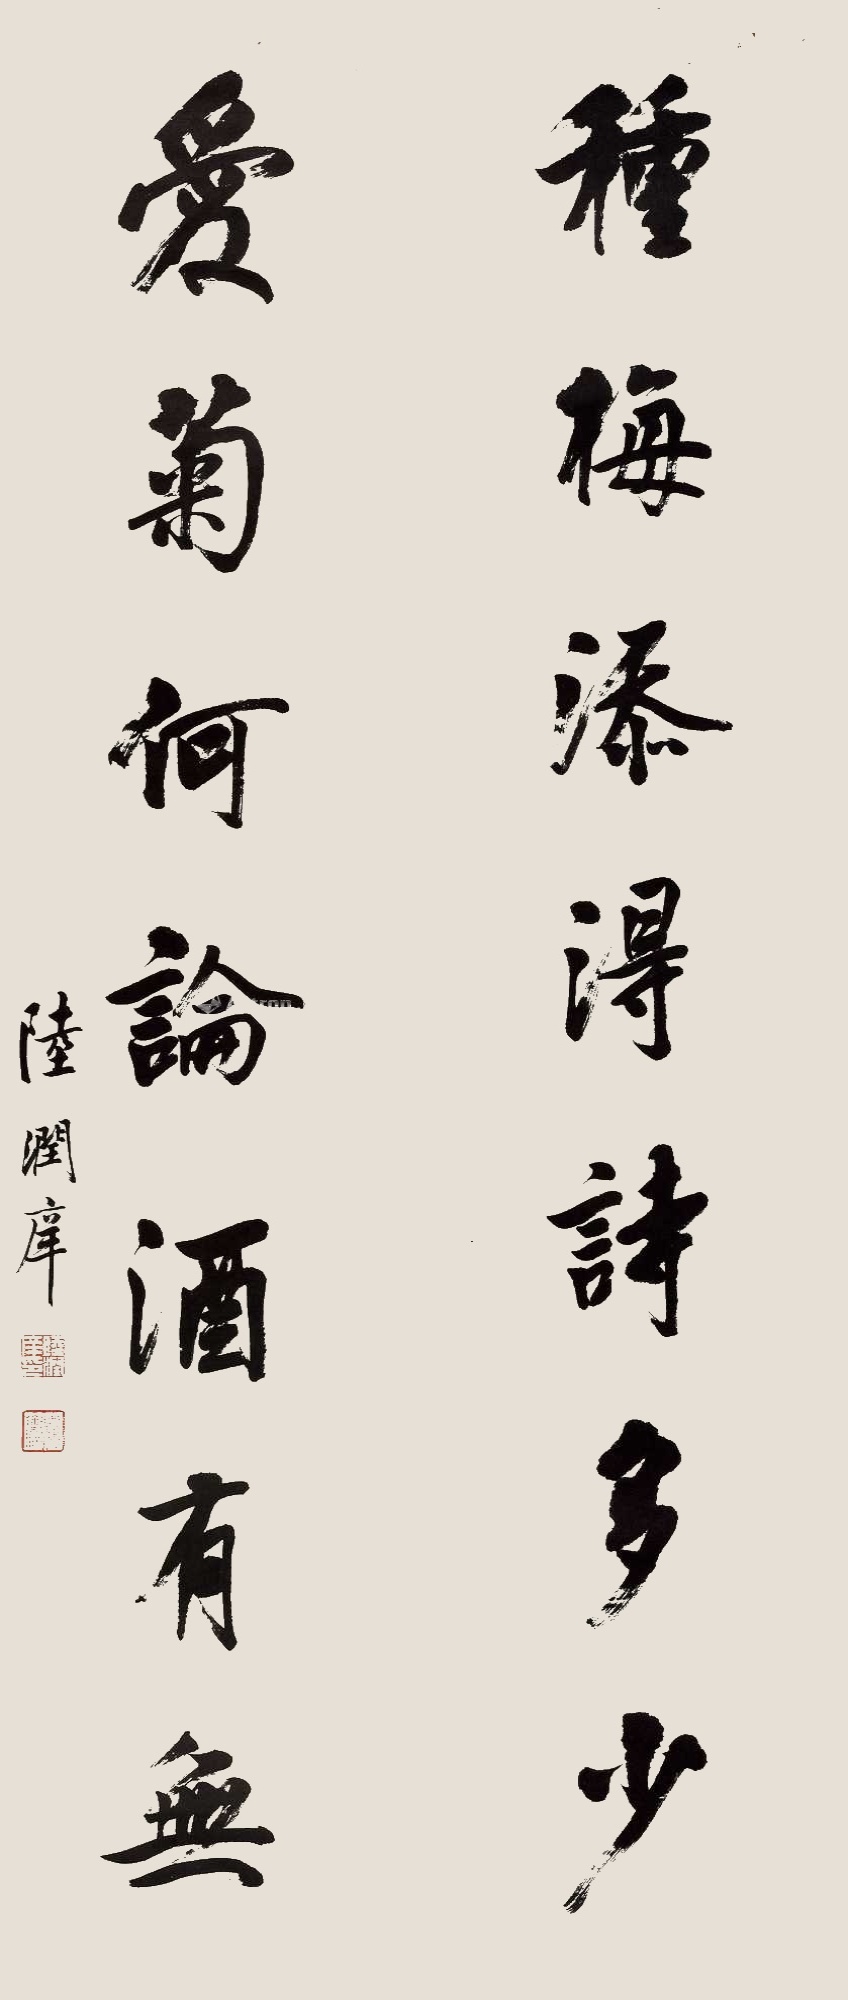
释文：种梅添得诗多少,爱菊何论酒有无。陆润庠。